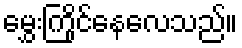
မွှေးကြိုင်နေလေသည်။